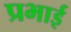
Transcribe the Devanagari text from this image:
प्रभाई